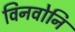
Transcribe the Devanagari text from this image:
विनवोनि